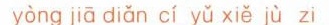
yong jia dian ci yu xie ju zi